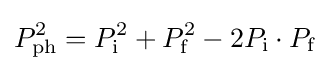
P_{\text{ph}}^{2}=P_{\text{i}}^{2}+P_{\text{f}}^{2}-2P_{\text{i}}\cdot P_{\text{f}}